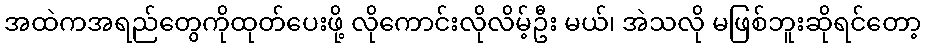
အထဲကအရည်တွေကိုထုတ်ပေးဖို့ လိုကောင်းလိုလိမ့်ဦး မယ်၊ အဲသလို မဖြစ်ဘူးဆိုရင်တော့